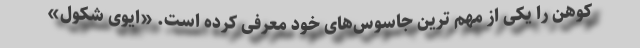
کوهن را یکی از مهم ترین جاسوس‌های خود معرفی کرده است. «ایوی شکول»